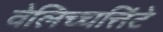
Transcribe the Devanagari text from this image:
वेलिच्चत्तिंटे